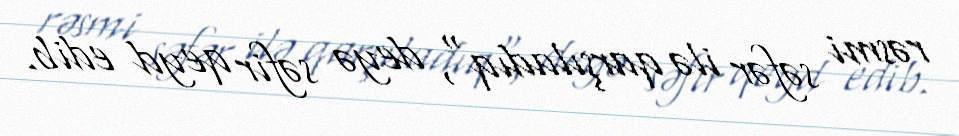
rəsmi səfər ilə qarşıladıq", deyə səfir qeyd edib.